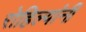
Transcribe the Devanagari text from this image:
रोहिल्यांनी